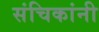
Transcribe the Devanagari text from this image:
संचिकांनी